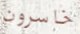
خاسرون